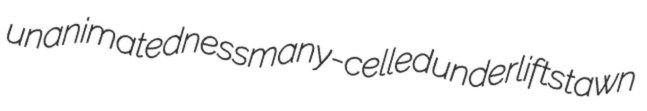
unanimatedness many-celled underlift stawn